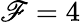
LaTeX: \mathscr{F}=4